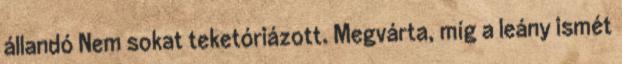
állandó Nem sokat teketóriázott. Megvárta, míg a leány ismét